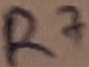
Text: R7